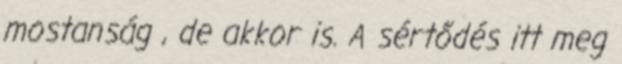
mostanság , de akkor is. A sértődés itt meg